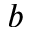
b